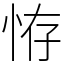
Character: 𢙨